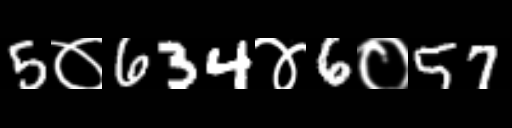
Text: 5०634४6०57